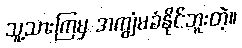
သူ့သားကြမှ အကျွံမခံနိုင်ဘူးတဲ့။